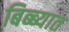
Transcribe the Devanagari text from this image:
बिब्ब्यात